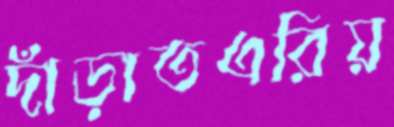
দাঁড়াতএরিয়